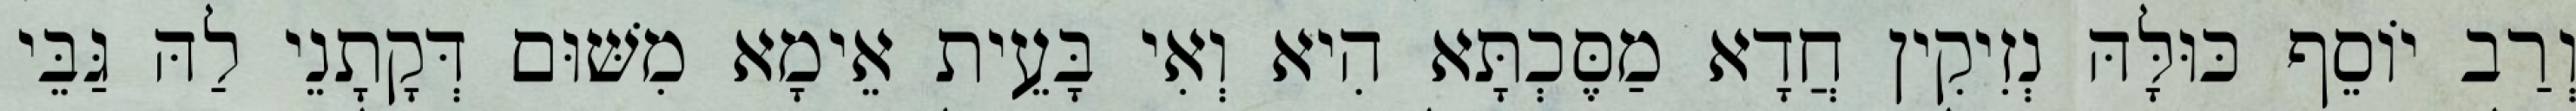
וְרַב יוֹסֵף כּוּלָּהּ נְזִיקִין חֲדָא מַסֶּכְתָּא הִיא וְאִי בָּעֵית אֵימָא מִשּׁוּם דְּקָתָנֵי לַהּ גַּבֵּי